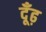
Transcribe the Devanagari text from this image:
दूँढ़